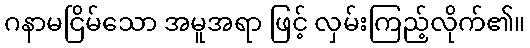
ဂနာမငြိမ်သော အမူအရာ ဖြင့် လှမ်းကြည့်လိုက်၏။